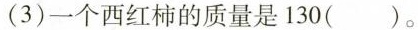
(3)一个西红柿的质量是130( )。